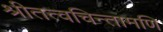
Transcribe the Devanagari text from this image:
श्रीतत्वचिन्तामणि